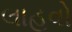
લાહવો